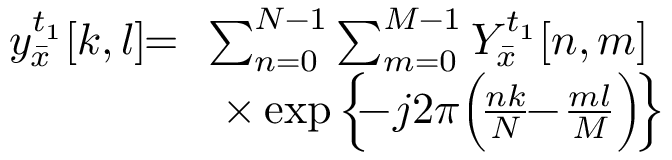
\begin{array} { r l } { \! \! y _ { \bar { x } } ^ { { t _ { 1 } } } [ k , l ] \! \! = } & { \! \! \sum _ { n = 0 } ^ { N - 1 } \sum _ { m = 0 } ^ { M - 1 } Y _ { \bar { x } } ^ { { t _ { 1 } } } [ n , m ] } \\ & { \times \exp \Big \{ \! \! \! - \! j 2 \pi \Big ( \! \frac { { n k } } { N } \! \! - \! \frac { { m l } } { M } \Big ) \! \Big \} } \end{array}